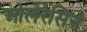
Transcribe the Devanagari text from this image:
ओलेरेसिन